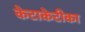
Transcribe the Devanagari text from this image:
केटाकेटीका